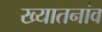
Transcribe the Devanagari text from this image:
ख्यातनांव